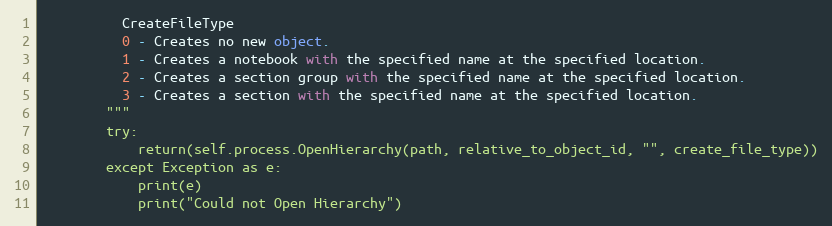
Language: Python
          CreateFileType
          0 - Creates no new object.
          1 - Creates a notebook with the specified name at the specified location.
          2 - Creates a section group with the specified name at the specified location.
          3 - Creates a section with the specified name at the specified location.
        """
        try:
            return(self.process.OpenHierarchy(path, relative_to_object_id, "", create_file_type))
        except Exception as e:
            print(e)
            print("Could not Open Hierarchy")